Annual report of the Punjab Veterinary College and of the Civil Veterinary Department, Punjab - 1920-1925
Year: 1920
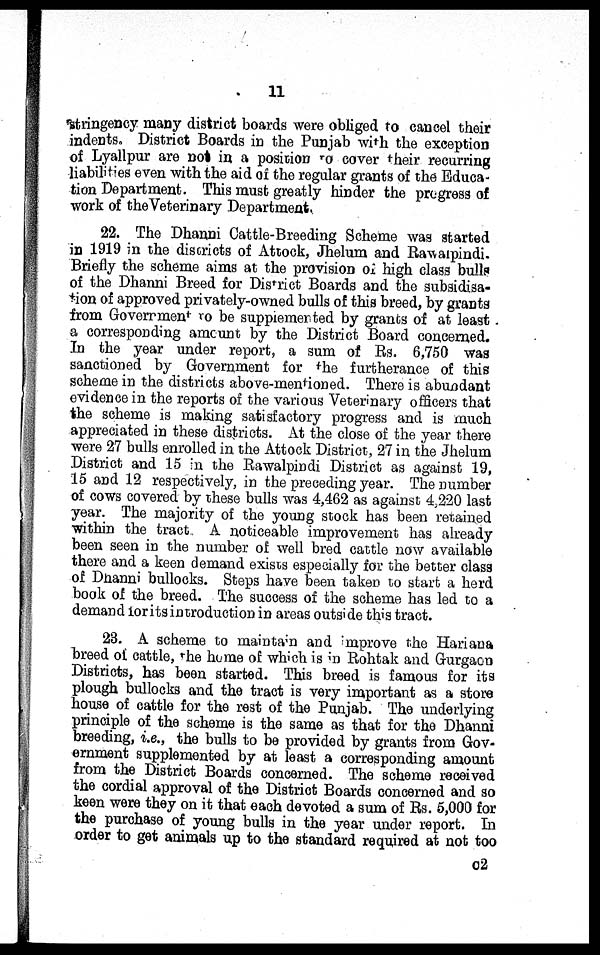
11
stringency many district boards were obliged to cancel their
indents. District Boards in the Punjab with the exception
of Lyallpur are not in a position to cover their recurring
liabilities even with the aid of the regular grants of the" Educa-
tion Department. This must greatly hinder the progress of
work of the Veterinary Department.
22. The Dhanni Cattle-Breeding Scheme was started
in 1919 in the districts of Attock, Jhelum and Rawalpindi.
Briefly the scheme aims at the provision Of high class bulls
of the Dhanni Breed for District Boards and the subsidisa-
tion of approved privately-owned bulls of this breed, by grants
from Government to be supplemented by grants of at least
a corresponding amount by the District Board concerned.
In the year under report, a sum of Rs. 6,750 was
sanctioned by Government for the furtherance of this
scheme in the districts above-mentioned. There is abundant
evidence in the reports of the various Veterinary officers that
the scheme is making satisfactory progress and is much
appreciated in these districts. At the close of the year there
were 27 bulls enrolled in the Attock District, 27 in the Jhelum
District and 15 in the Rawalpindi District as against 19,
15 and 12 respectively, in the preceding year. The number
of cows covered by these bulls was 4,462 as against 4,220 last
year. The majority of the young stock has been retained
within the tract. A noticeable improvement has already
been seen in the number of well bred cattle now available
there and a keen demand exists especially for the better class
of Dhanni bullocks. Steps have been taken to start a herd
book of the breed. The success of the scheme has led to a
demand forits introduction in areas outside this tract.
23. A scheme to maintain and improve the Hariana
breed of cattle, the home of which is in Rohtak and Gurgaon
Districts, has been started. This breed is famous for its
plough bullocks and the tract is very important as a store
house of cattle for the rest of the Punjab. The underlying
principle of the scheme is the same as that for the Dhanni
breeding, i.e., the bulls to be provided by grants from Gov-
ernment supplemented by at least a corresponding amount
from the District Boards concerned. The scheme received
the cordial approval of the District Boards concerned and so
keen were they on it that each devoted a sum of Rs. 5,000 for
the purchase of young bulls in the year under report. In
order to get animals up to the standard required at not too
c2